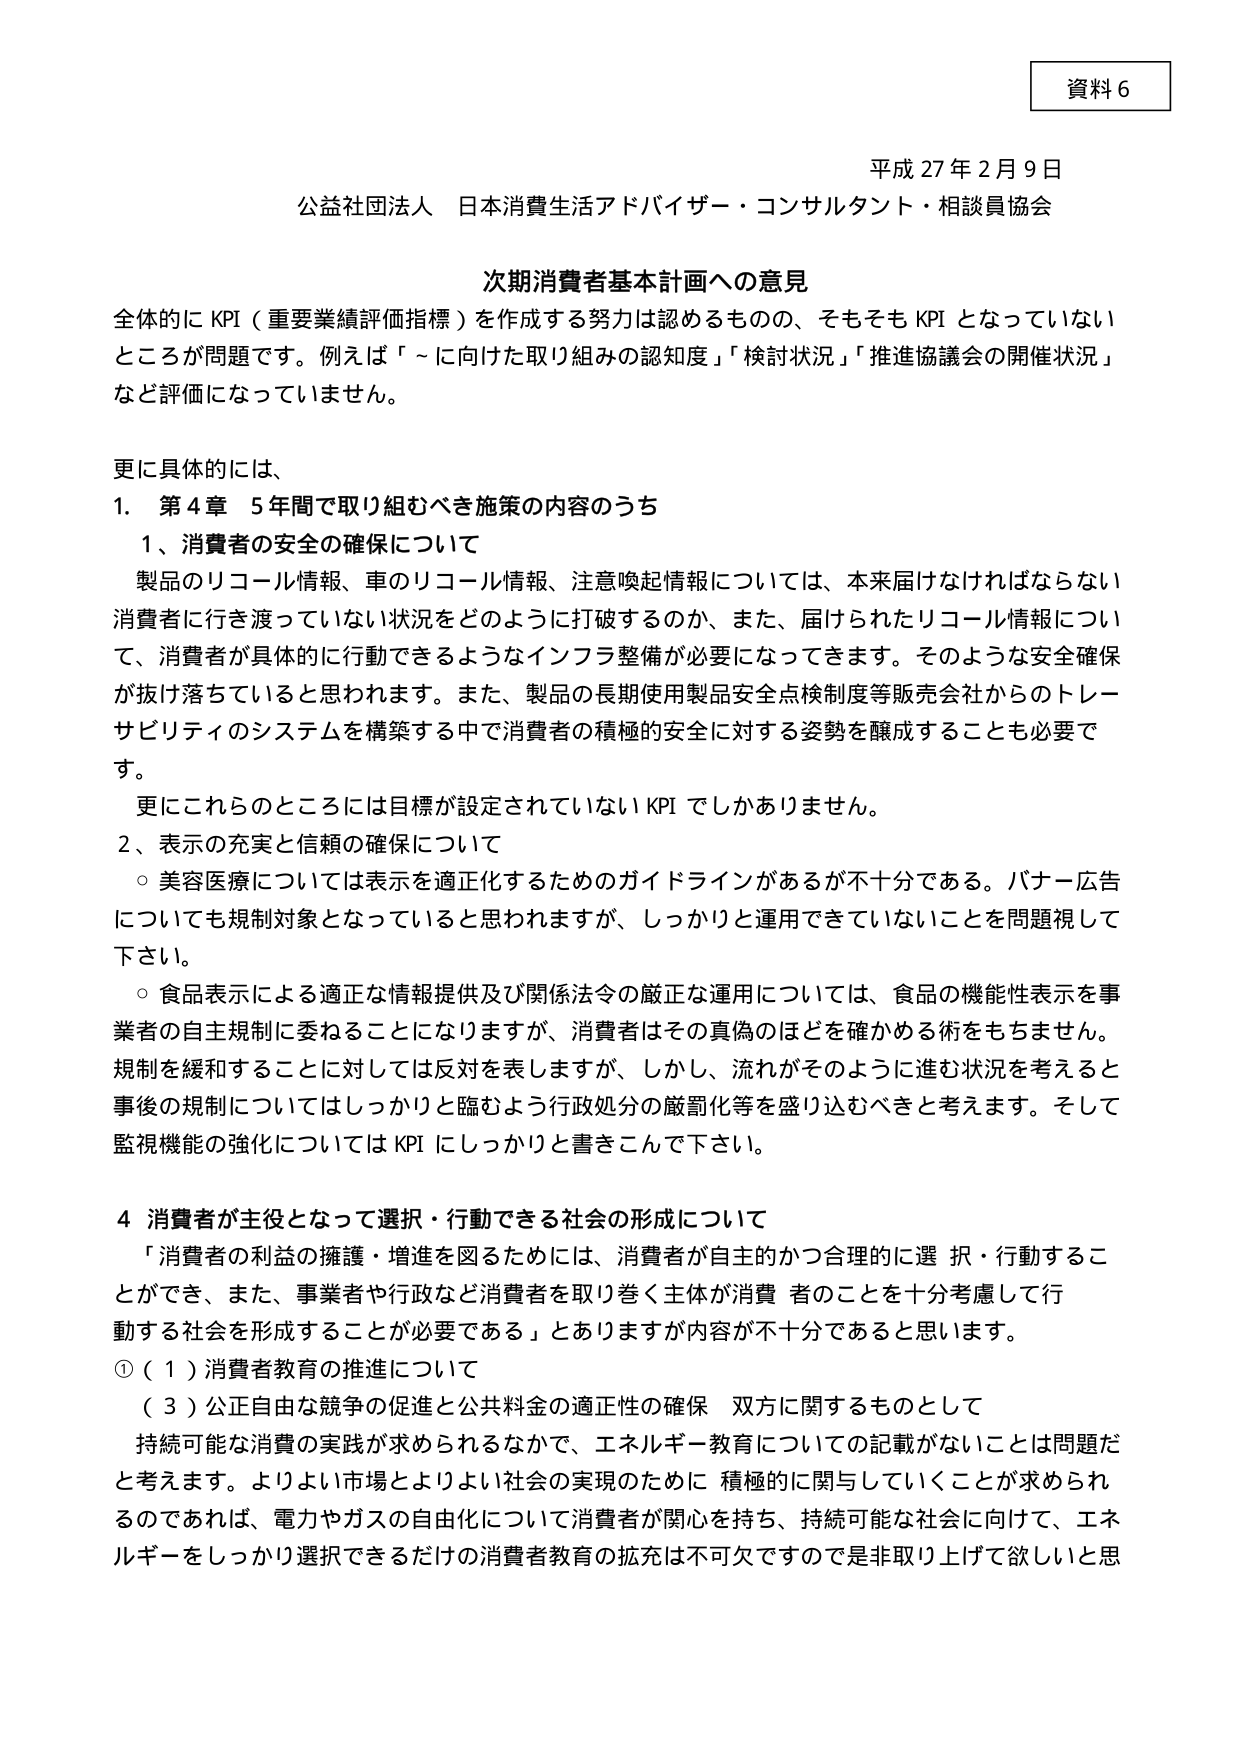
資料６

平成27年2月9日
公益社団法人 日本消費生活アドバイザー・コンサルタント・相談員協会

次期消費者基本計画への意見

全体的にKPI（重要業績評価指標）を作成する努力は認めるものの、そもそもKPIとなっていないところが問題です。例えば「～に向けた取り組みの認知度」「検討状況」「推進協議会の開催状況」など評価になっていません。

更に具体的には、
1．第4章 5年間で取り組むべき施策の内容のうち
　1、消費者の安全の確保について
　　製品のリコール情報、車のリコール情報、注意喚起情報については、本来届けなければならない消費者に行き渡っていない状況をどのように打破するのか、また、届けられたリコール情報について、消費者が具体的に行動できるようなインフラ整備が必要になってきます。そのような安全確保が抜け落ちていると思われます。また、製品の長期使用製品安全点検制度等販売会社からのトレーサビリティのシステムを構築する中で消費者の積極的安全に対する姿勢を醸成することも必要です。
　　更にこれらのことには目標が設定されていないKPIでしかありません。
　2、表示の充実と信頼の確保について
　　○美容医療については表示を適正化するためのガイドラインがあるが不十分である。バナー広告についても規制対象となっていると思われますが、しっかりと運用できていないことを問題視して下さい。
　　○食品表示による適正な情報提供及び関係法令の厳正な運用については、食品の機能性表示を事業者の自主規制に委ねることになりますが、消費者はその真偽のほどを確かめる術をもちません。規制を緩和することに対しては反対を表明しますが、しかし、流れがそのように進む状況を考えると事後の規制についてはしっかりと臨むよう行政処分の厳罰化等を盛り込むべきと考えます。そして監視機能の強化についてはKPIにしっかりと書きこんで下さい。

4 消費者が主役となって選択・行動できる社会の形成について
　「消費者の利益の擁護・増進を図るためには、消費者が自主的かつ合理的に選択・行動することができ、また、事業者や行政など消費者を取り巻く主体が消費者のことを十分考慮して行動する社会を形成することが必要である」とありますが内容が不十分であると思います。
①（1）消費者教育の推進について
　（3）公正自由な競争の促進と公共料金の適正性の確保 双方に関するものとして
　　持続可能な消費の実践が求められるなかで、エネルギー教育についての記載がないことは問題だと考えます。よりよい市場とよりよい社会の実現のために積極的に関与していくことが求められるのであれば、電力やガスの自由化について消費者が関心を持ち、持続可能な社会に向けて、エネルギーをしっかり選択できるだけの消費者教育の拡充は不可欠ですので是非取り上げて欲しいと思